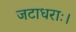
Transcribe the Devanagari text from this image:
जटाधराः।